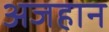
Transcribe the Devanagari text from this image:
अजहान